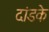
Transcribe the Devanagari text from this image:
दांडके